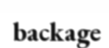
backage